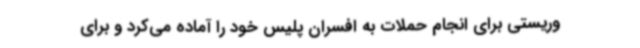
وریستی برای انجام حملات به افسران پلیس خود را آماده می‌کرد و برای